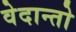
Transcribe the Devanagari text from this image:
वेदान्तो